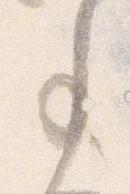
事